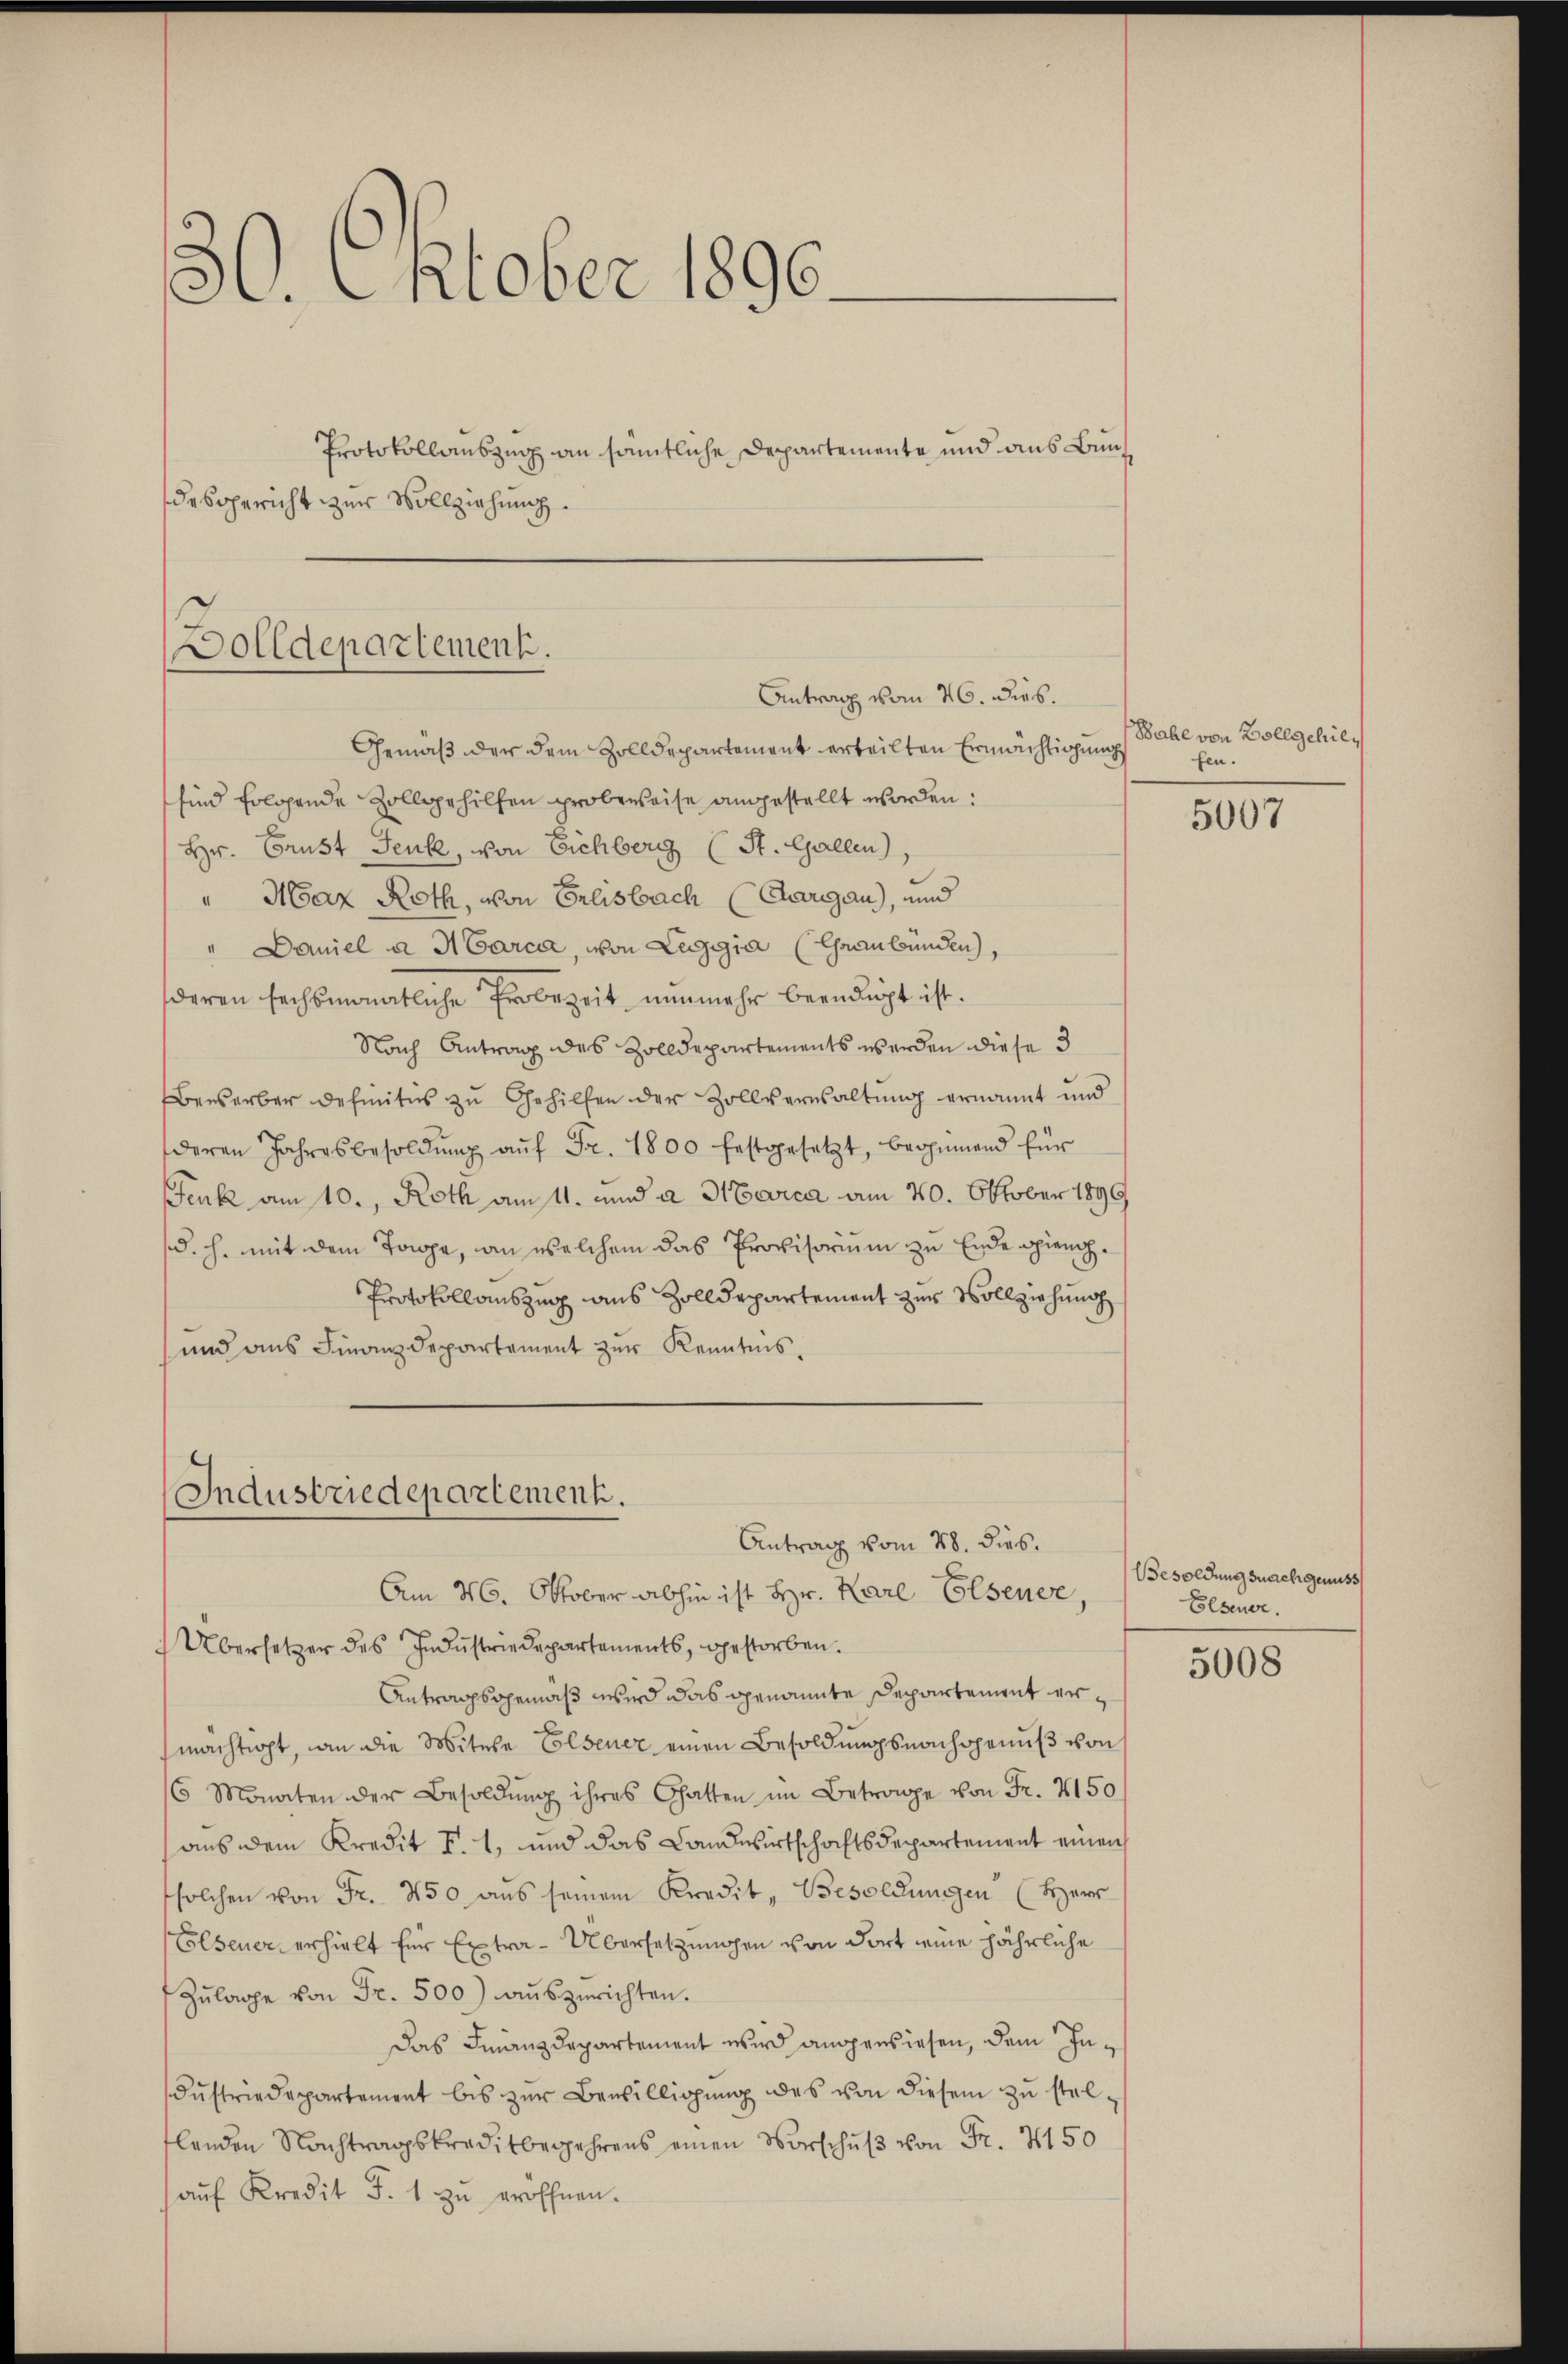
30. Oktober 1890.

Protokollauszug an sämtliche Departemente und aus Bundesgericht zur Vollziehung.

Dolldepartement.
Antrag vom 26. dies.

Gemäß der dem Zolldepartement erteilten Ermächtigung
sind folgende Zollgehilfen probeweise angestellt worden:
Hr. Grust Jeuk, von Eichberg (St. Gallen)
" Max Roth, von Erlisbach (Aargau), und
" Daniel a Marca, von Laggia (Graubünden,
deren sechsmonatliche Probezeit nunmehr beendigt ist.
Nach Antrag des Zolldepartements werden diese 3
Bewerber definitis zu Gehilfen der Zollverwaltung ernannt und
deren Jahresbesoldŭng aŭf Fr. 1800 festgesetzt, beginnend für
Fenk am 10., Roth am 11. und a Marca am 20. Oktober 1899
(d. h. mit dem Torpe, an welchem das Provisorium zu Ende piench¬
Protokollauszug aus Zolldepartement zur Vollziehung
und aus Finanzdepartement zur Kenntnis¬

Industriedepartement.
Antrag vom 28. dies.

Bahl von Zollgehilfen.

Am 6. Oktober abhin ist Hr. Karl Elsener,
Übersetzer des Industriedepartements, gestorben.
Antragsgemäß wird das genannte Departement ermächtigt, an die Mitere Elsener einen Besoldungsnachgenuß von
6 Monaten der Besoldŭng ihres Gatten im Betrage von Fr. 2150
aus dem Kredit F. 1, und das Landwirtschaftsdepartement einen
solchen von Fr. 450 ans seinem Kredit, Besoldungen (Herr
Elsener erhielt für Extra- Übersetzungen von dort eine jährliche
Zŭlage von Fr. 500) auszurichten.
Das Finanzdepartement wird angewiesen, dem In¬
Fŭstriedepartement bis zŭr Bewilligŭng des von diesem zŭ stel-
lenden Nachtragskreditbegehrens einen Vorschŭβ von Fr. 4150
aŭf Kredit F. 1 zŭ eröffnen.

5007

Besoldungsnachgenuss
Elsener.

5008